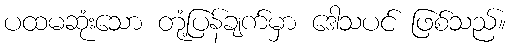
ပထမဆုံးသော တုံ့ပြန်ချက်မှာ ဒေါသပင် ဖြစ်သည်။